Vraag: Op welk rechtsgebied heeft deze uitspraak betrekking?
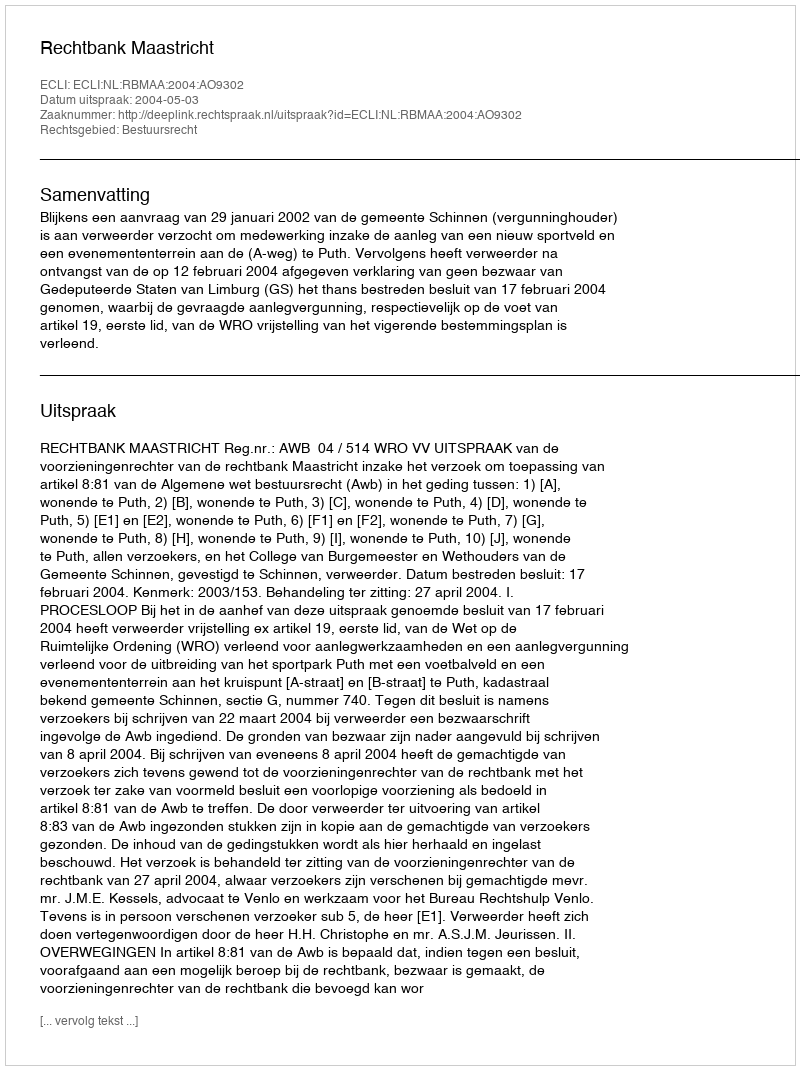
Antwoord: Bestuursrecht